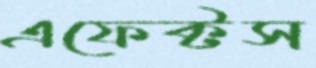
এফেক্টস